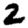
Digit: 2